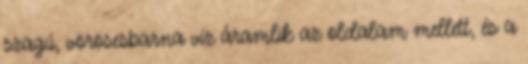
szagú, vörösesbarna víz áramlik az oldalam mellett, és a